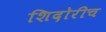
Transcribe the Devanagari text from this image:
शिदोरीच